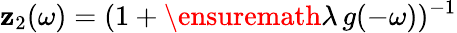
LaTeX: \mathbf{z}_{2}(\omega)=(1+\ensuremath{{\lambda}}\, g(-\omega))^{-1}